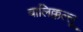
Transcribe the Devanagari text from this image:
बालिक्कल्लू